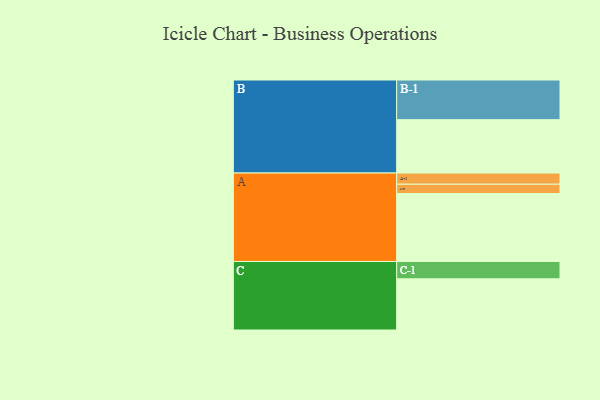
{"axis": {"x": "Segment", "y": "Value"}, "legend": ["", "A", "B", "C"], "data": [{"x": "A", "y": 474, "type": ""}, {"x": "B", "y": 372, "type": ""}, {"x": "C", "y": 357, "type": ""}, {"x": "A-1", "y": 78, "type": "A"}, {"x": "A-2", "y": 65, "type": "A"}, {"x": "B-1", "y": 277, "type": "B"}, {"x": "C-1", "y": 121, "type": "C"}]}